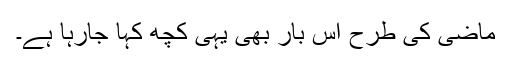
ماضی کی طرح اِس بار بھی یہی کچھ کہا جارہا ہے۔